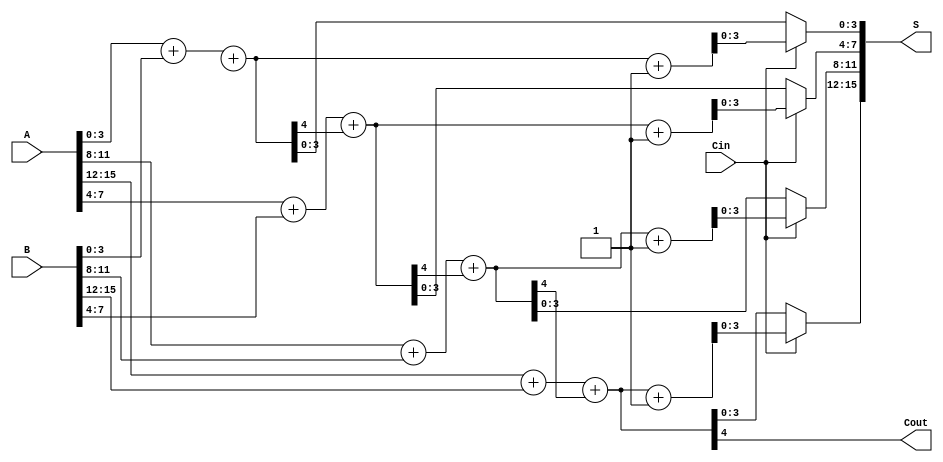
module han_carlson_adder #(parameter N = 16, // Total bits
                           parameter M = 4)  // Segment size
(
    input  [N-1:0] A,        // First operand
    input  [N-1:0] B,        // Second operand
    input  Cin,              // Carry-in
    output [N-1:0] S,        // Sum output
    output Cout              // Carry-out
);

    localparam NUM_SEGMENTS = N / M; // Number of segments
    wire [M:0] carry;                 // Carry outputs for segments
    wire [M-1:0] sum0 [NUM_SEGMENTS-1:0]; // Sum assuming carry-in = 0
    wire [M-1:0] sum1 [NUM_SEGMENTS-1:0]; // Sum assuming carry-in = 1

    // Generate partial sums and carries for each segment
    genvar i;
    generate
        for (i = 0; i < NUM_SEGMENTS; i = i + 1) begin : segment
            wire [M-1:0] A_segment = A[M*i +: M];
            wire [M-1:0] B_segment = B[M*i +: M];

            // Calculate sums and carries
            assign {carry[i+1], sum0[i]} = A_segment + B_segment + carry[i];
            assign {carry[i+1], sum1[i]} = A_segment + B_segment + carry[i] + 1'b1;
        end
    endgenerate

    // Select the correct sum based on the carry-in
    generate
        for (i = 0; i < NUM_SEGMENTS; i = i + 1) begin : mux
            assign S[M*i +: M] = (Cin) ? sum1[i] : sum0[i];
        end
    endgenerate

    // Final carry-out
    assign Cout = carry[NUM_SEGMENTS];

endmodule